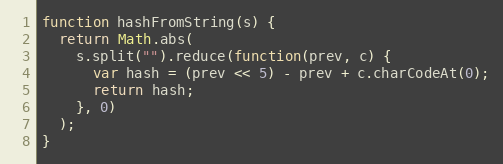
Language: JavaScript
function hashFromString(s) {
  return Math.abs(
    s.split("").reduce(function(prev, c) {
      var hash = (prev << 5) - prev + c.charCodeAt(0);
      return hash;
    }, 0)
  );
}